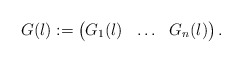
\begin{align*} G(\l) := \begin{pmatrix} G_1(\l) & \ldots & G_n(\l) \end{pmatrix}.\end{align*}